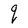
Character: q